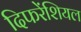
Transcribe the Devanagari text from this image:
दिफरेंशियल